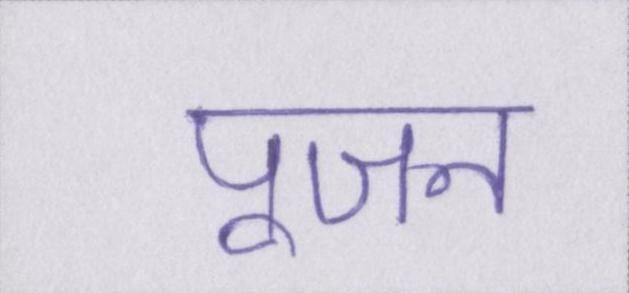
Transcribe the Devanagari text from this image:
पूजन